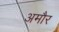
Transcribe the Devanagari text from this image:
अमौर